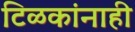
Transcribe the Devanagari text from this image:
टिळकांनाही